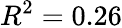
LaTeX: R^{2}=0.26